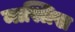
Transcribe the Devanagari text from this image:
मास्त्रिख